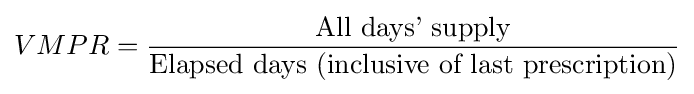
VMPR={\dfrac {\text{All days' supply}}{\text{Elapsed days (inclusive of last prescription)}}}